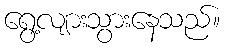
ရွေ့လျားသွားနေသည်။